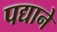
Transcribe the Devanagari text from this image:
पद्याने